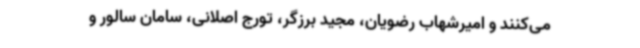
می‌کنند و امیرشهاب رضویان، مجید برزگر، تورج اصلانی، سامان سالور و